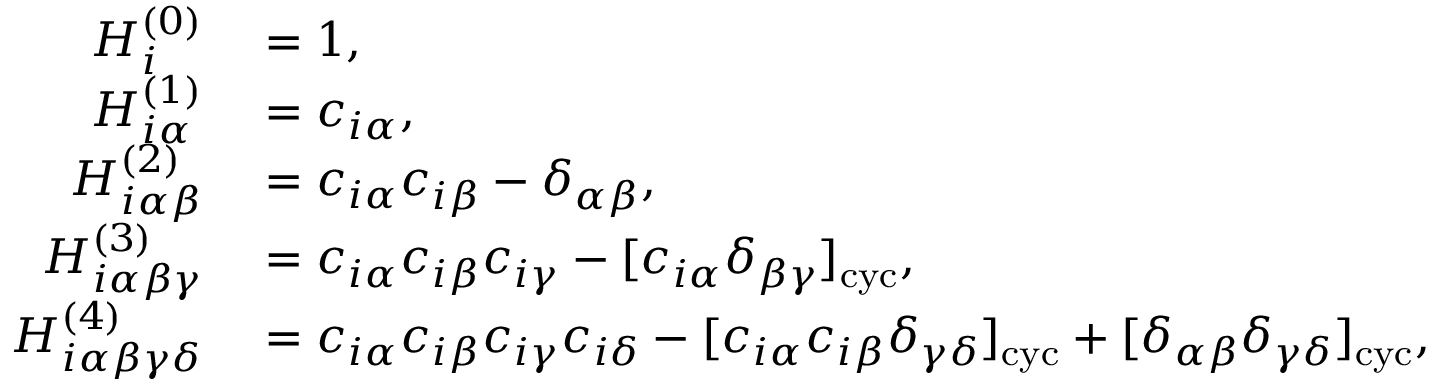
\begin{array} { r l } { H _ { i } ^ { ( 0 ) } } & { { } = 1 , } \\ { H _ { i \alpha } ^ { ( 1 ) } } & { { } = c _ { i \alpha } , } \\ { H _ { i \alpha \beta } ^ { ( 2 ) } } & { { } = c _ { i \alpha } c _ { i \beta } - \delta _ { \alpha \beta } , } \\ { H _ { i \alpha \beta \gamma } ^ { ( 3 ) } } & { { } = c _ { i \alpha } c _ { i \beta } c _ { i \gamma } - [ c _ { i \alpha } \delta _ { \beta \gamma } ] _ { \mathrm { c y c } } , } \\ { H _ { i \alpha \beta \gamma \delta } ^ { ( 4 ) } } & { { } = c _ { i \alpha } c _ { i \beta } c _ { i \gamma } c _ { i \delta } - [ c _ { i \alpha } c _ { i \beta } \delta _ { \gamma \delta } ] _ { \mathrm { c y c } } + [ \delta _ { \alpha \beta } \delta _ { \gamma \delta } ] _ { \mathrm { c y c } } , } \end{array}